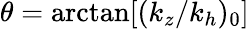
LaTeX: \theta=\arctan[(k_{z}/k_{h})_{0}]